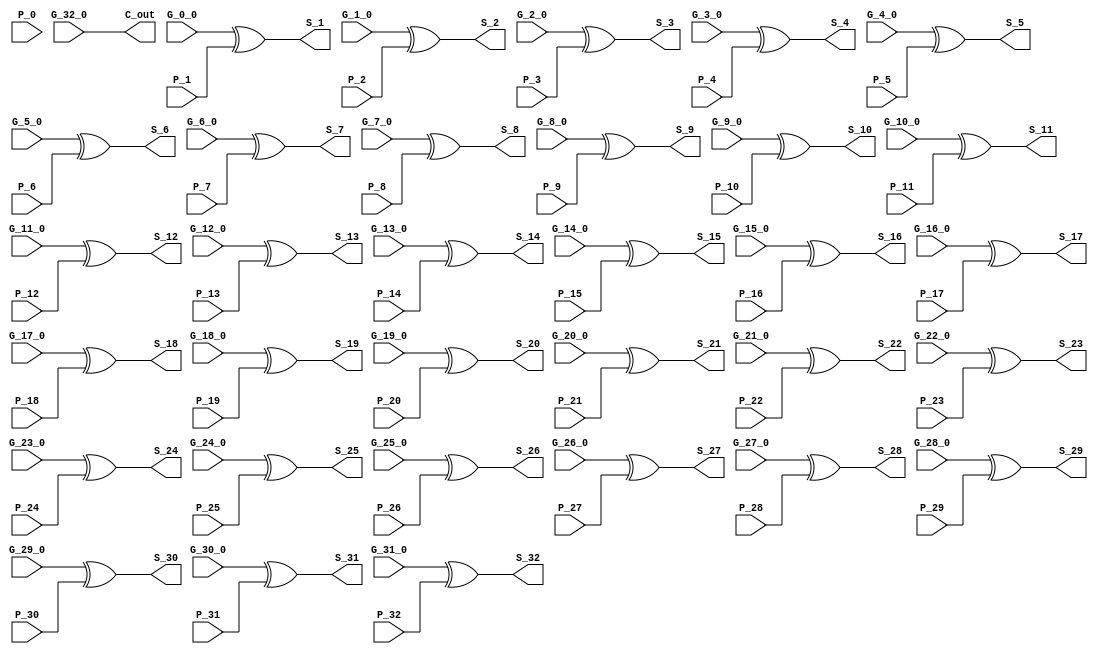
module SumLogic ( P_0,G_0_0,P_1,G_1_0,P_2,G_2_0,P_3,G_3_0,P_4,G_4_0,P_5,G_5_0,P_6,G_6_0,P_7,G_7_0,P_8,G_8_0,P_9,G_9_0,P_10,G_10_0,P_11,G_11_0,P_12,G_12_0,P_13,G_13_0,P_14,G_14_0,P_15,G_15_0,P_16,G_16_0,P_17,G_17_0,P_18,G_18_0,P_19,G_19_0,P_20,G_20_0,P_21,G_21_0,P_22,G_22_0,P_23,G_23_0,P_24,G_24_0,P_25,G_25_0,P_26,G_26_0,P_27,G_27_0,P_28,G_28_0,P_29,G_29_0,P_30,G_30_0,P_31,G_31_0,P_32,G_32_0,S_1,S_2,S_3,S_4,S_5,S_6,S_7,S_8,S_9,S_10,S_11,S_12,S_13,S_14,S_15,S_16,S_17,S_18,S_19,S_20,S_21,S_22,S_23,S_24,S_25,S_26,S_27,S_28,S_29,S_30,S_31,S_32,C_out );
input P_0;
input G_0_0;
input P_1;
input G_1_0;
input P_2;
input G_2_0;
input P_3;
input G_3_0;
input P_4;
input G_4_0;
input P_5;
input G_5_0;
input P_6;
input G_6_0;
input P_7;
input G_7_0;
input P_8;
input G_8_0;
input P_9;
input G_9_0;
input P_10;
input G_10_0;
input P_11;
input G_11_0;
input P_12;
input G_12_0;
input P_13;
input G_13_0;
input P_14;
input G_14_0;
input P_15;
input G_15_0;
input P_16;
input G_16_0;
input P_17;
input G_17_0;
input P_18;
input G_18_0;
input P_19;
input G_19_0;
input P_20;
input G_20_0;
input P_21;
input G_21_0;
input P_22;
input G_22_0;
input P_23;
input G_23_0;
input P_24;
input G_24_0;
input P_25;
input G_25_0;
input P_26;
input G_26_0;
input P_27;
input G_27_0;
input P_28;
input G_28_0;
input P_29;
input G_29_0;
input P_30;
input G_30_0;
input P_31;
input G_31_0;
input P_32;
input G_32_0;
output S_1;
output S_2;
output S_3;
output S_4;
output S_5;
output S_6;
output S_7;
output S_8;
output S_9;
output S_10;
output S_11;
output S_12;
output S_13;
output S_14;
output S_15;
output S_16;
output S_17;
output S_18;
output S_19;
output S_20;
output S_21;
output S_22;
output S_23;
output S_24;
output S_25;
output S_26;
output S_27;
output S_28;
output S_29;
output S_30;
output S_31;
output S_32;
output C_out;
// Bit 1
assign S_1 = G_0_0 ^ P_1 ;
// Bit 2
assign S_2 = G_1_0 ^ P_2 ;
// Bit 3
assign S_3 = G_2_0 ^ P_3 ;
// Bit 4
assign S_4 = G_3_0 ^ P_4 ;
// Bit 5
assign S_5 = G_4_0 ^ P_5 ;
// Bit 6
assign S_6 = G_5_0 ^ P_6 ;
// Bit 7
assign S_7 = G_6_0 ^ P_7 ;
// Bit 8
assign S_8 = G_7_0 ^ P_8 ;
// Bit 9
assign S_9 = G_8_0 ^ P_9 ;
// Bit 10
assign S_10 = G_9_0 ^ P_10 ;
// Bit 11
assign S_11 = G_10_0 ^ P_11 ;
// Bit 12
assign S_12 = G_11_0 ^ P_12 ;
// Bit 13
assign S_13 = G_12_0 ^ P_13 ;
// Bit 14
assign S_14 = G_13_0 ^ P_14 ;
// Bit 15
assign S_15 = G_14_0 ^ P_15 ;
// Bit 16
assign S_16 = G_15_0 ^ P_16 ;
// Bit 17
assign S_17 = G_16_0 ^ P_17 ;
// Bit 18
assign S_18 = G_17_0 ^ P_18 ;
// Bit 19
assign S_19 = G_18_0 ^ P_19 ;
// Bit 20
assign S_20 = G_19_0 ^ P_20 ;
// Bit 21
assign S_21 = G_20_0 ^ P_21 ;
// Bit 22
assign S_22 = G_21_0 ^ P_22 ;
// Bit 23
assign S_23 = G_22_0 ^ P_23 ;
// Bit 24
assign S_24 = G_23_0 ^ P_24 ;
// Bit 25
assign S_25 = G_24_0 ^ P_25 ;
// Bit 26
assign S_26 = G_25_0 ^ P_26 ;
// Bit 27
assign S_27 = G_26_0 ^ P_27 ;
// Bit 28
assign S_28 = G_27_0 ^ P_28 ;
// Bit 29
assign S_29 = G_28_0 ^ P_29 ;
// Bit 30
assign S_30 = G_29_0 ^ P_30 ;
// Bit 31
assign S_31 = G_30_0 ^ P_31 ;
// Bit 32
assign S_32 = G_31_0 ^ P_32 ;
// Carry Out
assign C_out = G_32_0 ;
endmodule